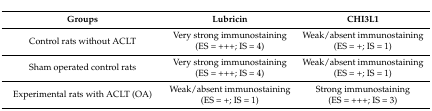
| Groups | Lubricin | CHI3L1 |
 | --- | --- | --- |
 | Control rats without ACLT | Very strong immunostaining (ES = +++; IS = 4) | Weak/absent immunostaining (ES = +; IS = 1) |
 | Sham operated control rats | Very strong immunostaining (ES = +++; IS = 4) | Weak/absent immunostaining (ES = +; IS = 1) |
 | Experimental rats with ACLT (OA) | Weak/absent immunostaining (ES = +; IS = 1) | Strong immunostaining (ES = +++; IS = 3) |